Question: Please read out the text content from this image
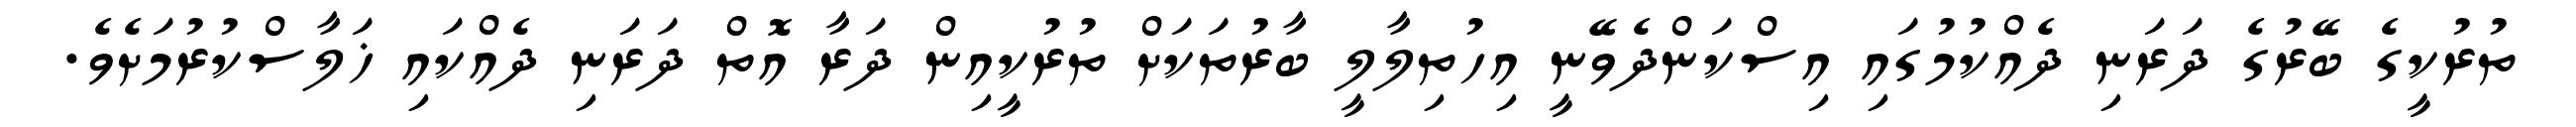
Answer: ތުރުކީގެ ބޭރުގެ ދަރަނި ދެއްކުމުގައި އިސްކަންދެވޭނީ އިހުތިލާލީ ބާރުތަކަށް ތުރުކީއިން ދަރާ އޮތް ދަރަނި ދެއްކައި ޚަލާސްކުރުމަށެވެ.